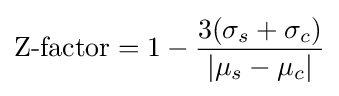
{\text{Z-factor}}=1-{3(\sigma _{s}+\sigma _{c}) \over |\mu _{s}-\mu _{c}|}